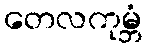
တေလကုမ္ဘံ